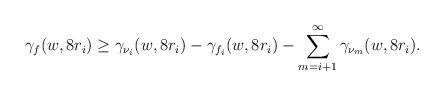
LaTeX: \begin{align*} \gamma_{f}(w, 8 r_i) \ge \gamma_{\nu_i}(w, 8 r_i) - \gamma_{f_i}(w, 8 r_i) - \sum_{m=i+1}^\infty \gamma_{\nu_m}(w, 8 r_i). \end{align*}